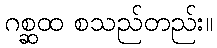
ဂစ္ဆထ စသည်တည်း။